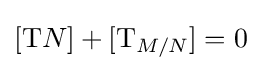
[\mathrm {T} N]+[\mathrm {T} _{M/N}]=0